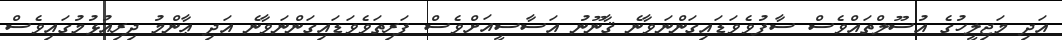
އަދި މަޖިލީހުގެ އުސޫލްތައްވެސް ސާފުވެވަޑައިގަންނަވާނެ ޤާނޫނު އަސާސީއަށްވެސް ފަރިތަވެވަޑައިގަންނަވާނެ އަދި ޢާންމު ދިރިއުޅުމުގައިވެސް